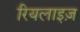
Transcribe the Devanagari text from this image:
रियलाइज़